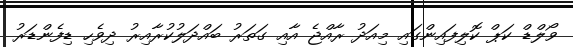
ވޯލްޑް ކަޕް ކޮލިފައިންގައި މިއަދު ރާއްޖެ އާއި ގަތަރު ބައްދަލުކުރާއިރު ދިވެހި ޑިފެންޑަރު